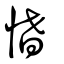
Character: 愭